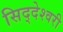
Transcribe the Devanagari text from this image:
सिद्देश्वरी